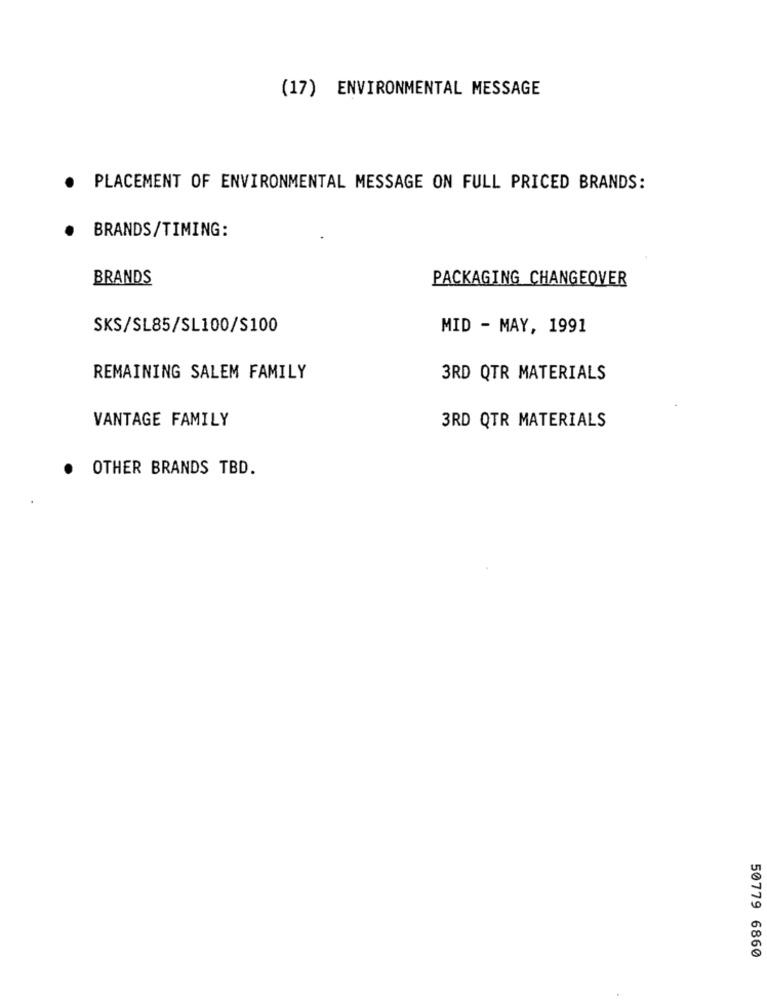
(17) ENVIRONMENTAL MESSAGE
.
PLACEMENT OF ENVIRONMENTAL MESSAGE ON FULL PRICED BRANDS:
BRANDS/TIMING:
.
BRANDS
PACKAGING CHANGEOVER
SKS/SL85/SL100/S100
MID - MAY, 1991
REMAINING SALEM FAMILY
3RD QTR MATERIALS
VANTAGE FAMILY
3RD QTR MATERIALS
OTHER BRANDS TBD.
50779 6860